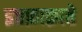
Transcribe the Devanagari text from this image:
इत्तफ़ाक़ाते